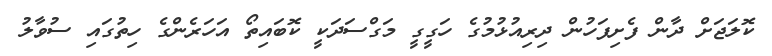
ކޮލަޖަށް ދާން ފެށިފަހުން ދިރިއުޅުމުގެ ހަގީގީ މަގްސަދަކީ ކޮބައިތޯ އަހަރެންގެ ހިތުގައި ސުވާލު